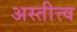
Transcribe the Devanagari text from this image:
अस्तीत्त्व